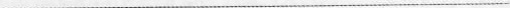
___